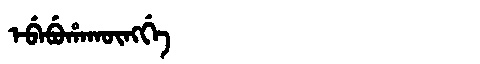
Manchu: ᡝᠪᡝᠪᡠᡥᠠᡴᡡᠩᡤᡝ
Romanization: EBEBUHAKŪNGGE